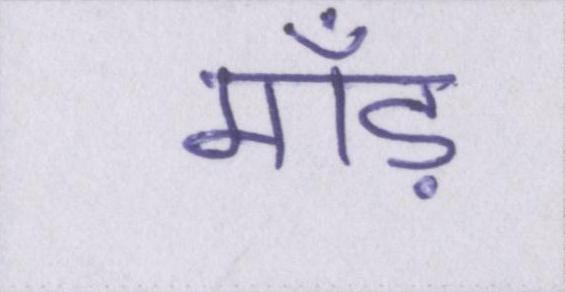
माँड़